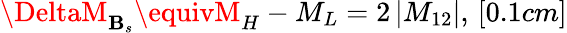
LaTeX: \DeltaM_{\mathbf{B}_{s}}\equivM_{H}-M_{L}=2\, |M_{12}|,\, [0.1cm]